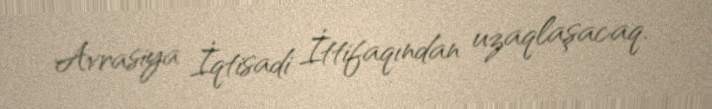
Avrasiya İqtisadi İttifaqından uzaqlaşacaq.